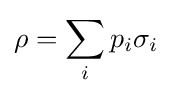
\rho =\sum _{i}p_{i}\sigma _{i}